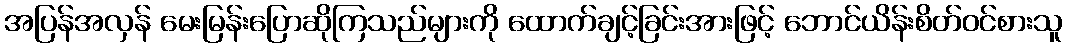
အပြန်အလှန် မေးမြန်းပြောဆိုကြသည်များကို ထောက်ချင့်ခြင်းအားဖြင့် ဘောင်ယိန်းစိတ်ဝင်စားသူ